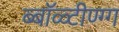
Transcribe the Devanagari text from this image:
ब्बॉळ्टीण्ग्ग